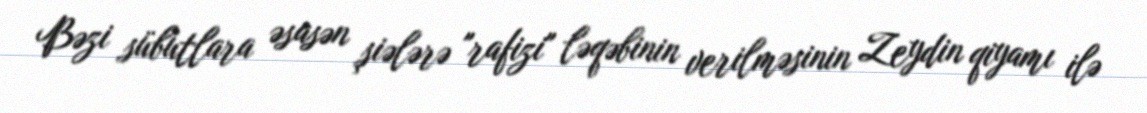
Bəzi sübutlara əsasən şiələrə "rafizi" ləqəbinin verilməsinin Zeydin qiyamı ilə